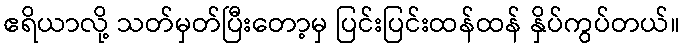
ဧရိယာလို့ သတ်မှတ်ပြီးတော့မှ ပြင်းပြင်းထန်ထန် နှိပ်ကွပ်တယ်။